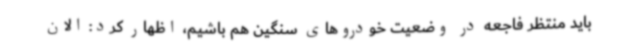
باید منتظر فاجعه در وضعیت خودروهای سنگین هم باشیم، اظهار کرد: الان